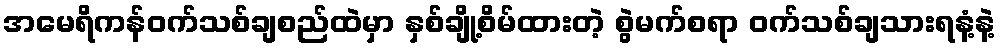
အမေရိကန်ဝက်သစ်ချစည်ထဲမှာ နှစ်ချို့စိမ်ထားတဲ့ စွဲမက်စရာ ဝက်သစ်ချသားရနံ့နဲ့